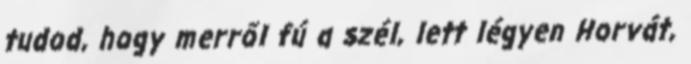
tudod, hogy merről fú a szél, lett légyen Horvát,